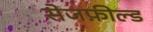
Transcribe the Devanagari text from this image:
सेजफ़ील्ड